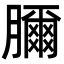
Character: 𦢈